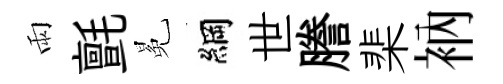
雨氈冕綱世謄棐衲